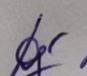
Signature authenticity: genuine